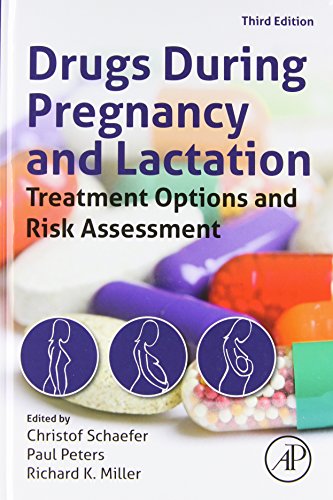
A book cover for Drugs During Pregnancy and Lactation, Third Edition: Treatment Options and Risk Assessment (Schaefer, Drugs During Pregnancy and Lactation); Medical Books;